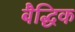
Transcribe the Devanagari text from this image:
बैद्धिक